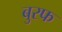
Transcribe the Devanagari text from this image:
बुरफ